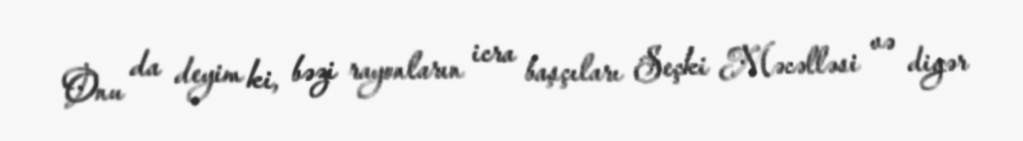
Onu da deyim ki, bəzi rayonların icra başçıları Seçki Məcəlləsi və digər